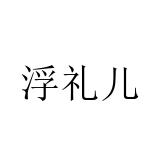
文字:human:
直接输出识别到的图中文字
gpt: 浮礼儿